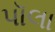
પૉલા